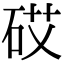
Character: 砹